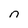
Character: n